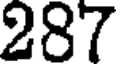
287